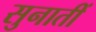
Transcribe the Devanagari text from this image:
सुनातीं